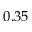
0 . 3 5